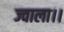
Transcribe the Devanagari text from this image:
ज्वाला।।